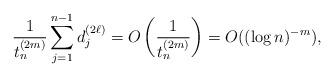
LaTeX: \begin{align*} \frac{ 1 }{t_n^{(2m)}} \sum^{n-1}_{j=1} d_j^{(2\ell)}= O\left(\dfrac{1}{t_n^{(2m)}}\right)=O((\log n)^{-m}),\end{align*}